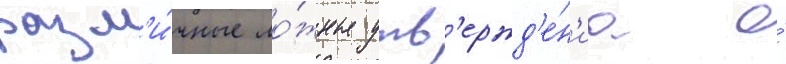
разл'и́чные ло́жные утв'ержд'е́н'иа о́